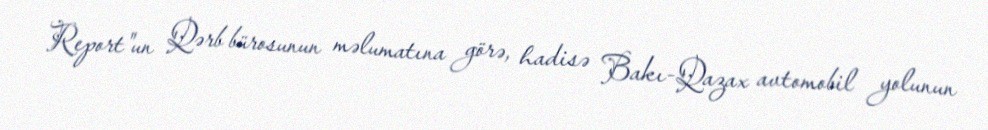
Report"un Qərb bürosunun məlumatına görə, hadisə Bakı-Qazax avtomobil yolunun